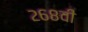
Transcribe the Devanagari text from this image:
२६८वी